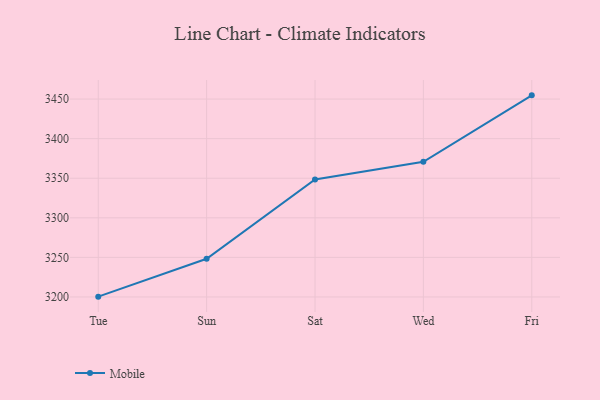
{"axis": {"x": "Day", "y": "Bounce Rate (%)"}, "legend": ["Mobile"], "data": [{"x": "Tue", "y": 3200.4, "type": "Mobile"}, {"x": "Sun", "y": 3248.2, "type": "Mobile"}, {"x": "Sat", "y": 3348.5, "type": "Mobile"}, {"x": "Wed", "y": 3370.7, "type": "Mobile"}, {"x": "Fri", "y": 3454.7, "type": "Mobile"}]}